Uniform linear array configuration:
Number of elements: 24
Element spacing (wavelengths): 0.25
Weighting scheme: binomial
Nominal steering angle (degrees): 0
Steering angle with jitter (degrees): -1.468
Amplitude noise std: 0.05
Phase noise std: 0.05

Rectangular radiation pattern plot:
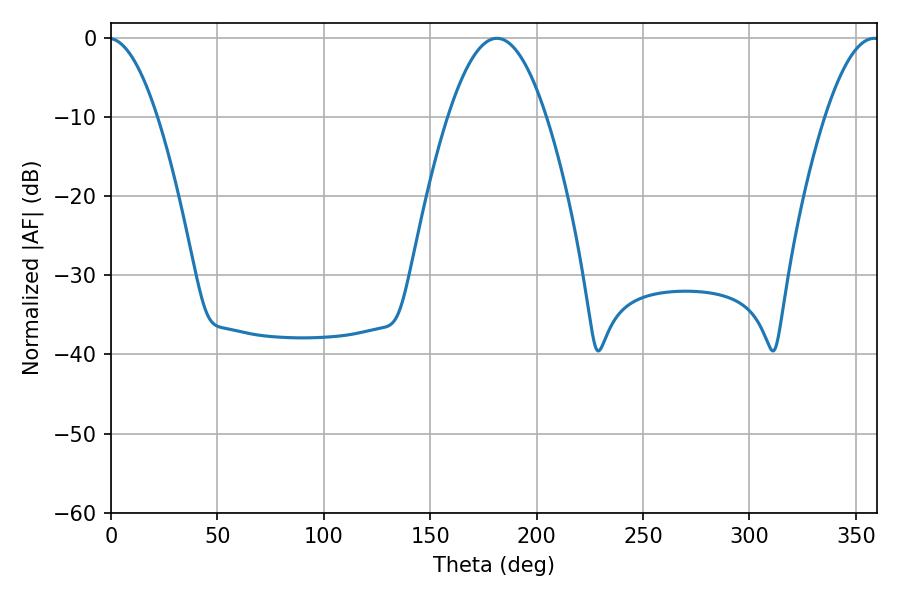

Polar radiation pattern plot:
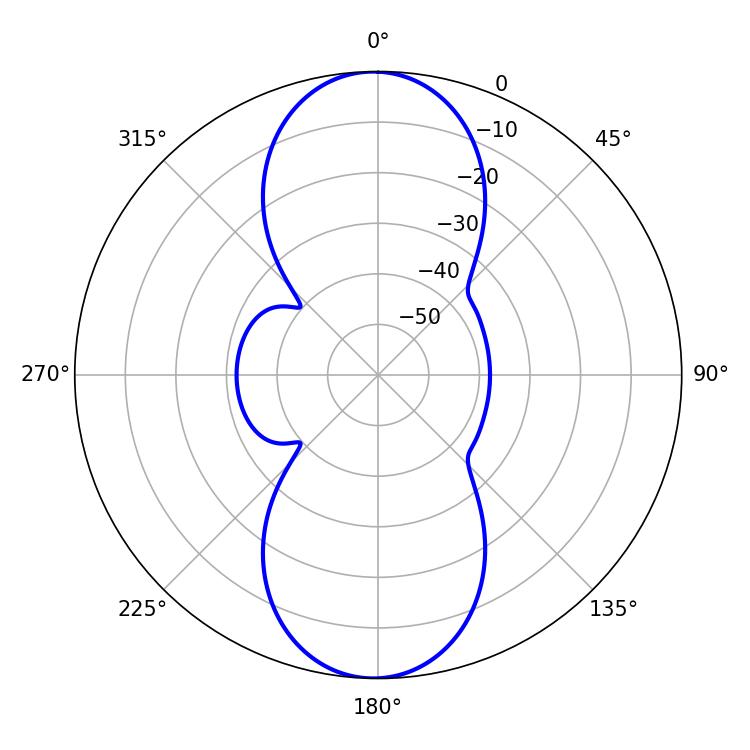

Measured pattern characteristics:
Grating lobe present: FALSE
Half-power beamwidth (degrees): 25.02
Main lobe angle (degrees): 181.26